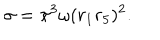
LaTeX: \sigma = \pi ^ { 3 } \omega ( r _ { 1 } r _ { 5 } ) ^ { 2 } .